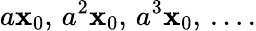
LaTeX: a\mathbf{x}_{0},\, a^{2}\mathbf{x}_{0},\, a^{3}\mathbf{x}_{0},\, \dots.